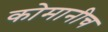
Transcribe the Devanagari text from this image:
कोमानीच